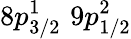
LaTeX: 8p_{3/2}^{1}\, \, 9p_{1/2}^{2}